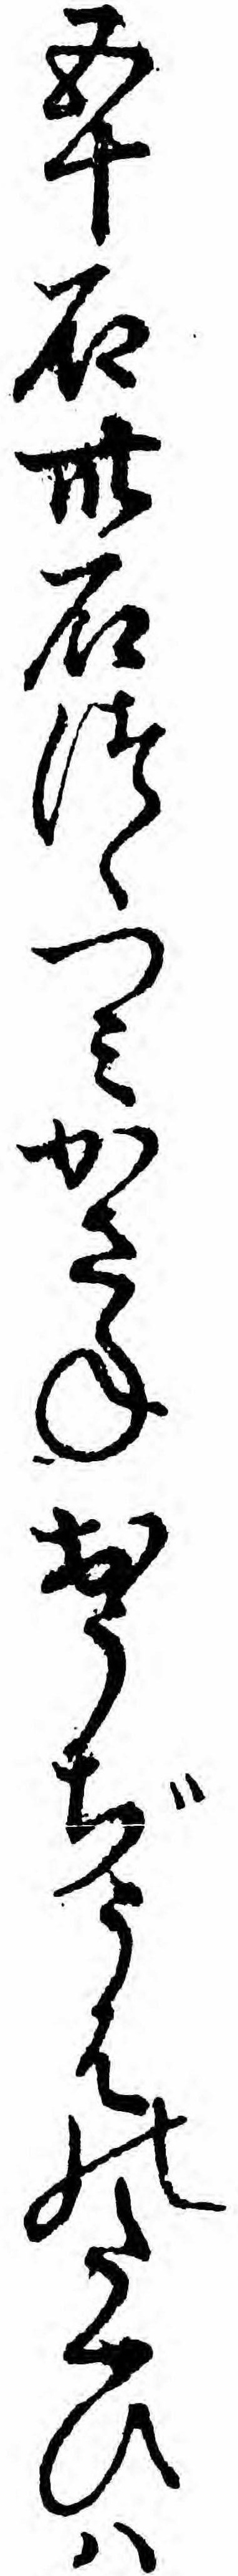
五十石卅石つゝつミかさねおうぢうはのたくひハ